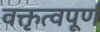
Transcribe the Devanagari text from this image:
वक्तृत्वपूर्ण